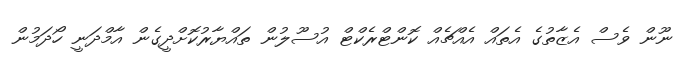
ނޫން ވެސް އެޒާތުގެ އެތައް އެއްޗެއް ކޮންޓްރެކްޓް އުސޫލުން ތައްޔާރުކޮށްދީގެން އާމްދަނީ ހޯދަމުން